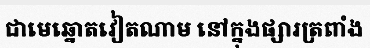
ជាមេឆ្នោតវៀតណាម នៅក្នុងផ្សារត្រពាំង